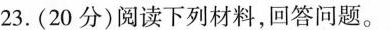
23.(20分)阅读下列材料，回答问题。